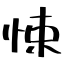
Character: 悚